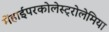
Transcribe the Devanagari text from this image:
मेंहाईपरकोलेस्ट्रोलेमिया